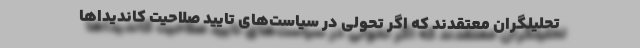
تحلیلگران معتقدند که اگر تحولی در سیاست‌های تایید صلاحیت کاندیداها